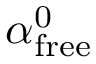
\alpha _ { \mathrm { f r e e } } ^ { 0 }